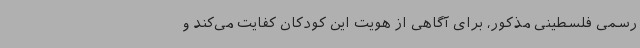
رسمی فلسطینی مذکور، برای آگاهی از هویت این کودکان کفایت می‌کند و